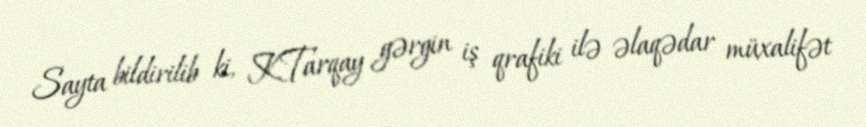
Sayta bildirilib ki, K.Tarqay gərgin iş qrafiki ilə əlaqədar müxalifət